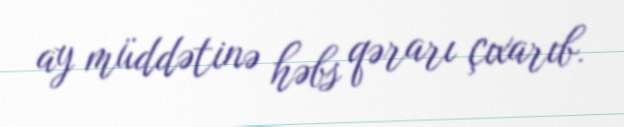
ay müddətinə həbs qərarı çıxarıb.